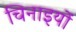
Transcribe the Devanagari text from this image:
चिनाइयों